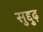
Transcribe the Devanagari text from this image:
सुद्दुृढ़